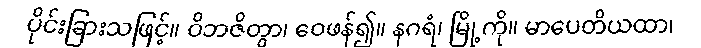
ပိုင်းခြားသဖြင့်။ ဝိဘဇိတွာ၊ ဝေဖန်၍။ နဂရံ၊ မြို့ကို။ မာပေတိယထာ၊